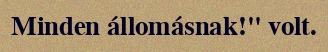
Minden állomásnak!" volt.